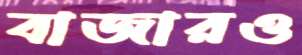
বাজারও